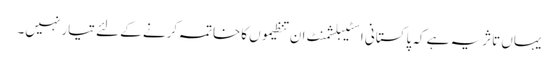
یہاں تاثریہ ہے کہ پاکستانی اسٹیبلشمنٹ ان تنظیموں کاخاتمہ کرنے کے لئے تیار نہیں۔